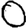
Digit: 0